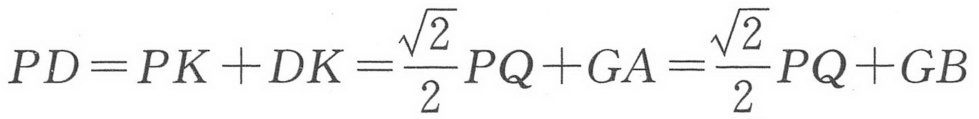
\(PD = PK + DK=\frac{\sqrt{2}}{2}PQ + GA=\frac{\sqrt{2}}{2}PQ + GB\)